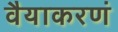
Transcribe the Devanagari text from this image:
वैयाकरणं